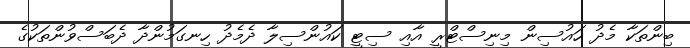
ބިންތަކާ މެދު ހައުސިން މިނިސްޓްރީ އާއި ސިޓީ ކައުންސިލާ ދެމެދު ހިނގަމުންދާ ދެބަސްވުންތަކުގެ